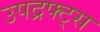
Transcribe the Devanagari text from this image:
उपद्रफ्ट्स